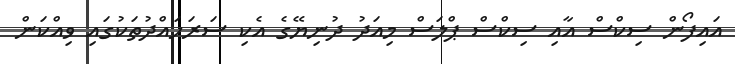
އައިފޯން ސިކްސް އާއި ސިކްސް ޕްލަސް މިއަދު ދުނިޔޭގެ އެކި ސަރަަހައްދުތަކުގައި ވިއްކަން